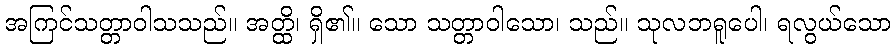
အကြင်သတ္တာဝါသသည်။ အတ္ထိ၊ ရှိ၏။ သော သတ္တာဝါသော၊ သည်။ သုလဘရူပေါ၊ ရလွယ်သော